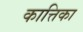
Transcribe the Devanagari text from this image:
कात्तिका